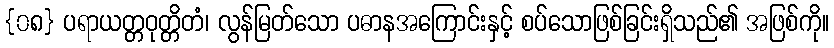
{၀၈} ပရာယတ္တဝုတ္တိတံ၊ လွန်မြတ်သော ပဓာနအကြောင်းနှင့် စပ်သောဖြစ်ခြင်းရှိသည်၏ အဖြစ်ကို။